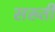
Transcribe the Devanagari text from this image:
सख्‍ती